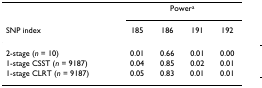
<table><thead><tr><td></td><td colspan="4"><b>Power<sup>a</sup></b></td></tr><tr><td><b>SNP index</b></td><td><b>185</b></td><td><b>186</b></td><td><b>191</b></td><td><b>192</b></td></tr></thead><tbody><tr><td>2-stage (<i>n </i>= 10)</td><td>0.01</td><td>0.66</td><td>0.01</td><td>0.00</td></tr><tr><td>1-stage CSST (<i>n </i>= 9187)</td><td>0.04</td><td>0.85</td><td>0.02</td><td>0.01</td></tr><tr><td>1-stage CLRT (<i>n </i>= 9187)</td><td>0.05</td><td>0.83</td><td>0.01</td><td>0.01</td></tr></tbody></table>